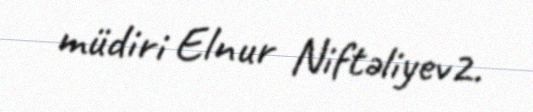
müdiri Elnur Niftəliyev2.